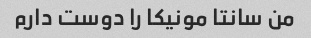
من سانتا مونیکا را دوست دارم